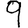
Digit: 9